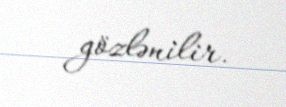
gözlənilir.